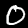
Label: 0